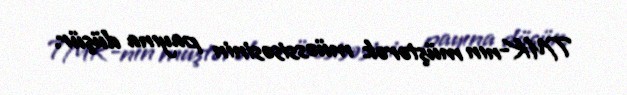
TMK-nın müştərək müəssisəsinin payına düşür.